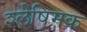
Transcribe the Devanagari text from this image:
श्लेषिमक